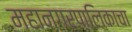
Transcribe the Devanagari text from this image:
महानगरपालिकाचा